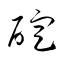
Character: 碇